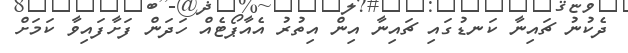
ދެކުނު ޗައިނާ ކަނޑުގައި ޗައިނާ އިން އިތުރު އެއާޕޯޓެއް ހަދަން ފަށާފައިވާ ކަމަށް